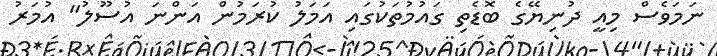
ނަމަވެސް މިއީ ދުނިޔޭގެ ބޮޑެތި ގައުމުތަކުގައި އަމަލު ކުރަމުން އަންނަ އުސޫލު" އުމަރު